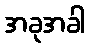
အခုအခါ